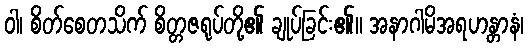
ဝါ၊ စိတ်စေတသိက် စိတ္တဇရုပ်တို့၏ ချုပ်ခြင်း၏။ အနာဂါမိအရဟန္တာနံ၊